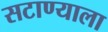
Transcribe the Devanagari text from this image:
सटाण्याला